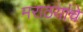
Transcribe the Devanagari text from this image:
मराठयांचे